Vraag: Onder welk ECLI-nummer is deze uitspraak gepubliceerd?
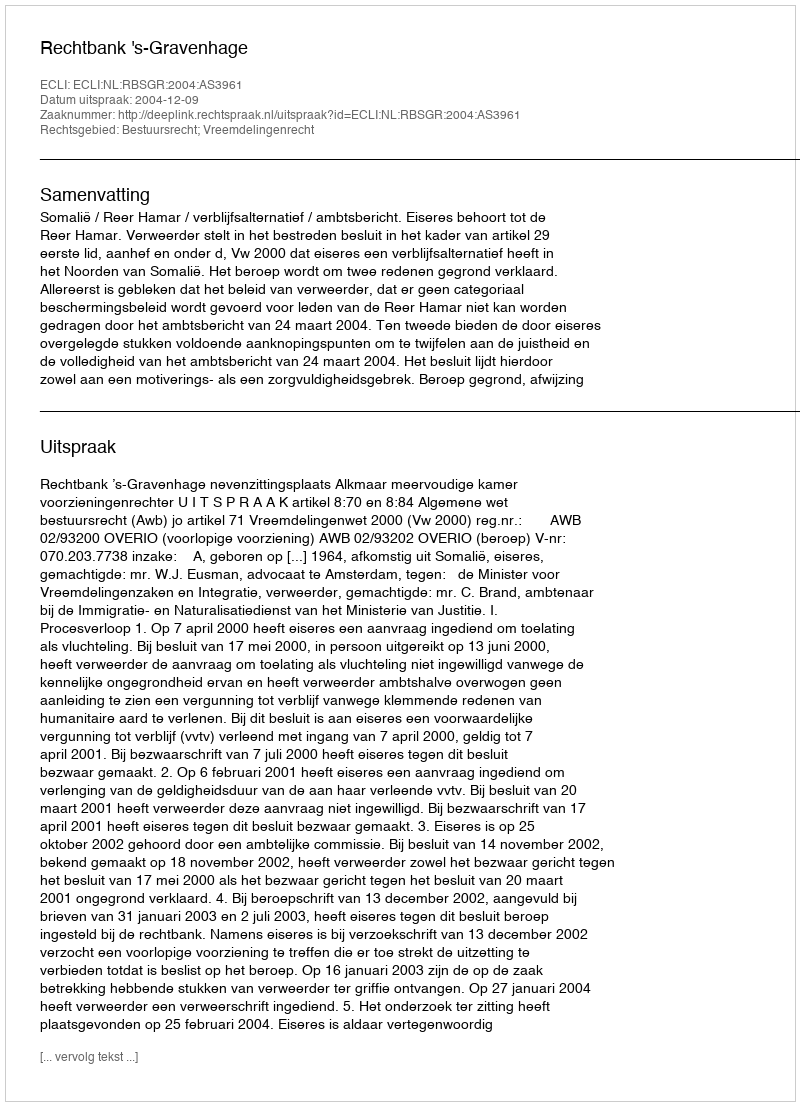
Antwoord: ECLI:NL:RBSGR:2004:AS3961